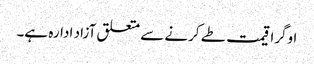
اوگرا قیمت طے کرنے سے متعلق آزاد ادارہ ہے۔